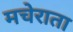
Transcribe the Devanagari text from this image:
मचेराता